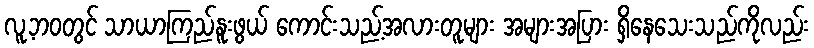
လူ့ဘဝတွင် သာယာကြည်နူးဖွယ် ကောင်းသည့်အလားတူများ အများအပြား ရှိနေသေးသည်ကိုလည်း